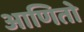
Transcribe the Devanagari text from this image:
आणितो